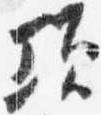
頃